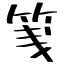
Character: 䇳